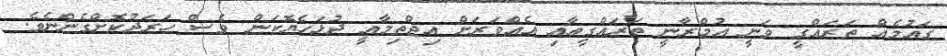
ގައުމެއް ތަރައްގީ ވަނީ އުމްރާނީ ތަރައްގީއާއި އެއްވަރަށް އިޖްތިމާއީ ދުޅަހެޔޮކަން ވެސް ހަރަދުކޮށްގެންނެވެ.